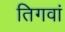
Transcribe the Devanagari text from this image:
तिगवां